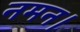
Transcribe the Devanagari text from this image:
नमन।